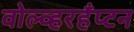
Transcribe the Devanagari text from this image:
वोल्व्हरहँप्टन